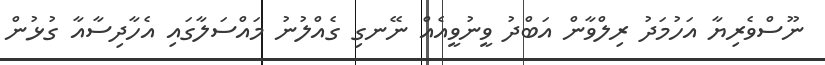
ނޫސްވެރިޔާ އަހުމަދު ރިލްވާން އަބްދު ވީނުވީއެއް ނޭނގި ގެއްލުނު މައްސަލާގައި އެހާދިސާއާ ގުޅުން